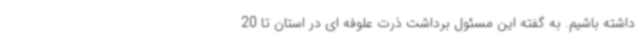
داشته باشیم. به گفته این مسئول برداشت ذرت علوفه ای در استان تا 20